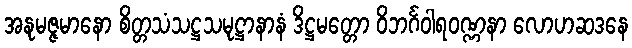
အနုမဇ္ဇမာနော စိတ္တသံသဋ္ဌသမုဋ္ဌာနာနံ ဒိဋ္ဌမတ္တော ဝိဘင်္ဂဝါရဝဏ္ဏနာ လောဟဆဒနေ